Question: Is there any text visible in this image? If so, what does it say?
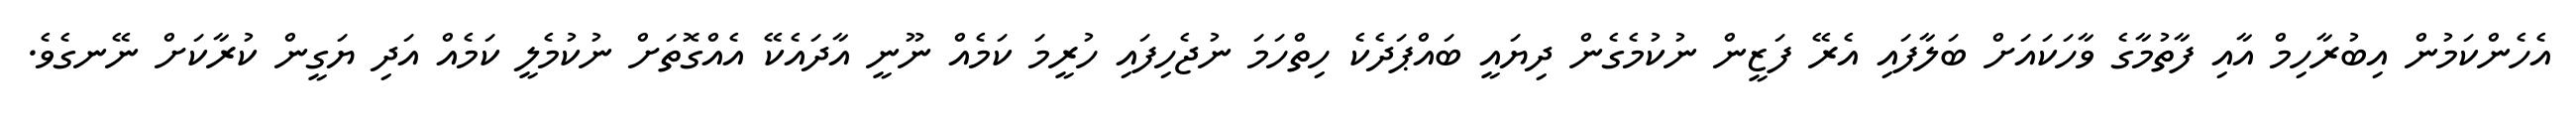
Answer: އެހެންކަމުން އިބުރާހިމް އާއި ފާތުމާގެ ވާހަކައަށް ބަލާފައި އެރޭ ފަޒީން ނުކުމެގެން ދިޔައީ ބައްޕަދެކެ ހިތްހަމަ ނުޖެހިފައި ހުރީމަ ކަމެއް ނޫނީ އާދައެކޭ އެއްގޮތަށް ނުކުމެލީ ކަމެއް އަދި ޔަގީން ކުރާކަށް ނޭނގެވެ.